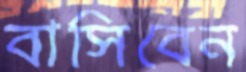
বাসিবেন